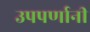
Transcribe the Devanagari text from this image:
उपपर्णानी